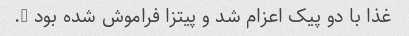
غذا با دو پیک اعزام شد و پیتزا فراموش شده بود ….